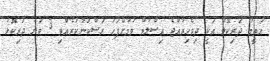
އުތީމު ދަރިކޮޅު އަކީ ދިވެހިރާއްޖެ އިސްލާމް ވުމަށްފަހު ރަސްކަންކުރެއްވި 3 ވަނަ ދަރިކޮޅު